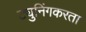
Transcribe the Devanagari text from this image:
ट्युनिंगकरता